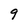
Character: 9